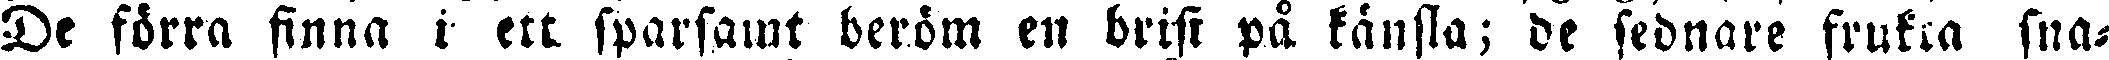
De förra finna i ett sparsamt beröm en brist på känsla; de sednare frukta sna-